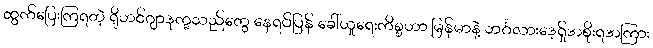
ထွက်ပြေးကြရတဲ့ ရိုဟင်ဂျာဒုက္ခသည်တွေ နေရပ်ပြန် ခေါ်ယူရေးကိစ္စဟာ မြန်မာနဲ့ ဘင်္ဂလားဒေ့ရ်ှအစိုးရအကြား